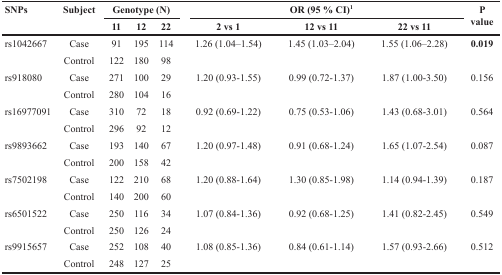
| <ROWSPAN=2> SNPs | <ROWSPAN=2> Subject | <COLSPAN=3> Genotype (N) | <COLSPAN=3> OR (95 % CI)1 | <ROWSPAN=2> P value |
 | 11 | 12 | 22 | 2 vs 1 | 12 vs 11 | 22 vs 11 |
 | --- | --- | --- | --- | --- | --- | --- | --- | --- |
 | rs1042667 | Case | 91 | 195 | 114 | 1.26 (1.04–1.54) | 1.45 (1.03–2.04) | 1.55 (1.06–2.28) | 0.019 |
 |  | Control | 122 | 180 | 98 |  |  |  |  |
 | rs918080 | Case | 271 | 100 | 29 | 1.20 (0.93-1.55) | 0.99 (0.72-1.37) | 1.87 (1.00-3.50) | 0.156 |
 |  | Control | 280 | 104 | 16 |  |  |  |  |
 | rs16977091 | Case | 310 | 72 | 18 | 0.92 (0.69-1.22) | 0.75 (0.53-1.06) | 1.43 (0.68-3.01) | 0.564 |
 |  | Control | 296 | 92 | 12 |  |  |  |  |
 | rs9893662 | Case | 193 | 140 | 67 | 1.20 (0.97-1.48) | 0.91 (0.68-1.24) | 1.65 (1.07-2.54) | 0.087 |
 |  | Control | 200 | 158 | 42 |  |  |  |  |
 | rs7502198 | Case | 122 | 210 | 68 | 1.20 (0.88-1.64) | 1.30 (0.85-1.98) | 1.14 (0.94-1.39) | 0.187 |
 |  | Control | 140 | 200 | 60 |  |  |  |  |
 | rs6501522 | Case | 250 | 116 | 34 | 1.07 (0.84-1.36) | 0.92 (0.68-1.25) | 1.41 (0.82-2.45) | 0.549 |
 |  | Control | 250 | 126 | 24 |  |  |  |  |
 | rs9915657 | Case | 252 | 108 | 40 | 1.08 (0.85-1.36) | 0.84 (0.61-1.14) | 1.57 (0.93-2.66) | 0.512 |
 |  | Control | 248 | 127 | 25 |  |  |  |  |